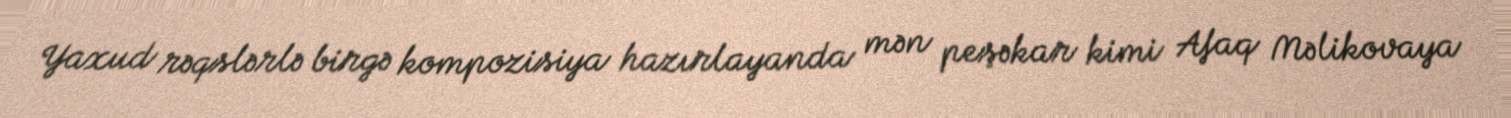
Yaxud rəqslərlə birgə kompozisiya hazırlayanda mən peşəkar kimi Afaq Məlikovaya